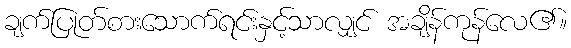
ချက်ပြုတ်စားသောက်ရင်းနှင့်သာလျှင် အချိန်ကုန်လေ၏။